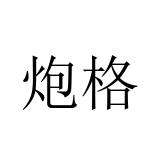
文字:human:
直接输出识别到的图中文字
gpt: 炮格